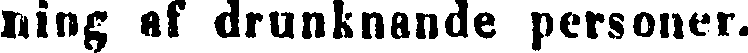
ning af drunknande personer.